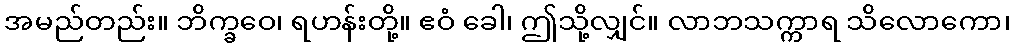
အမည်တည်း။ ဘိက္ခဝေ၊ ရဟန်းတို့။ ဧဝံ ခေါ၊ ဤသို့လျှင်။ လာဘသက္ကာရ သိလောကော၊